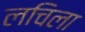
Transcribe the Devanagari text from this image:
लचिला